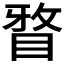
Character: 𭾹